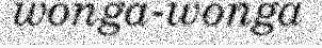
wonga-wonga